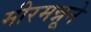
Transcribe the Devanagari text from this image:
मीरमन्नूने